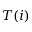
T ( i )